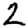
Digit: 2